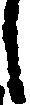
し